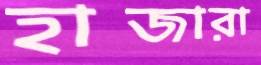
হাজারা